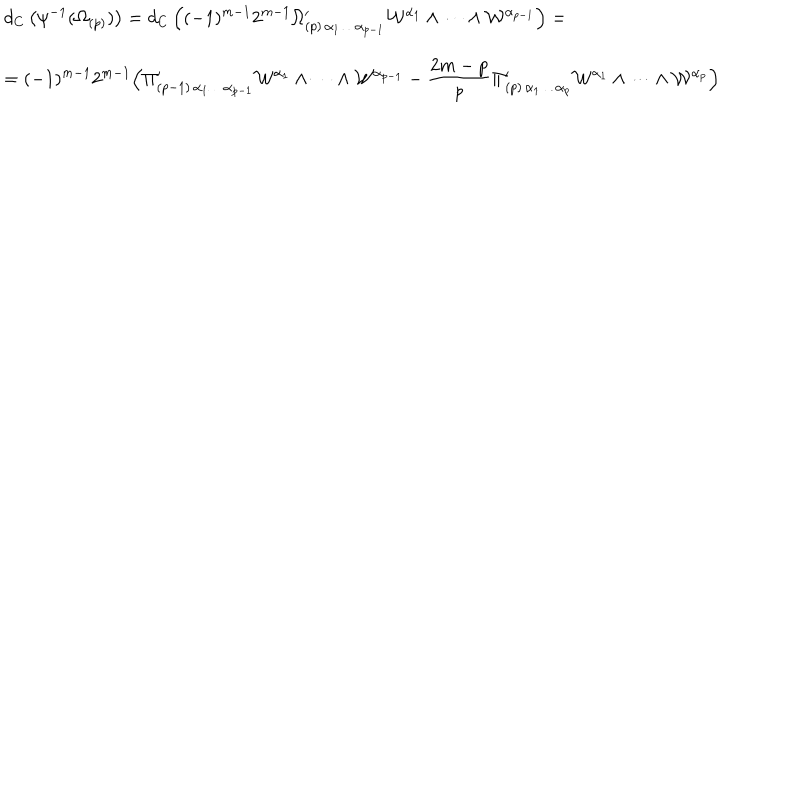
LaTeX: \begin{array} { l } { { \displaystyle d _ { C } \left( \psi ^ { - 1 } ( \Omega _ { ( p ) } ) \right) = d _ { C } \left( ( - 1 ) ^ { m - 1 } 2 ^ { m - 1 } \Omega _ { ( p ) \, \alpha _ { 1 } \dots \alpha _ { p - 1 } } ^ { \prime } \mathcal { W } ^ { \alpha _ { 1 } } \wedge \dots \wedge \mathcal { W } ^ { \alpha _ { p - 1 } } \right) = } } \\ { { \displaystyle = ( - 1 ) ^ { m - 1 } 2 ^ { m - 1 } \Bigl ( \Pi _ { ( p - 1 ) \, \alpha _ { 1 } \dots \alpha _ { p - 1 } } ^ { \prime } \mathcal { W } ^ { \alpha _ { 1 } } \wedge \dots \wedge \mathcal { W } ^ { \alpha _ { p - 1 } } - { \frac { 2 m - p } { p } } \Pi _ { ( p ) \, \alpha _ { 1 } \dots \alpha _ { p } } ^ { \prime } \mathcal { W } ^ { \alpha _ { 1 } } \wedge \dots \wedge \mathcal { W } ^ { \alpha _ { p } } \Bigr ) } } \\ \end{array}